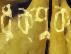
ধুক্‌পুক্‌